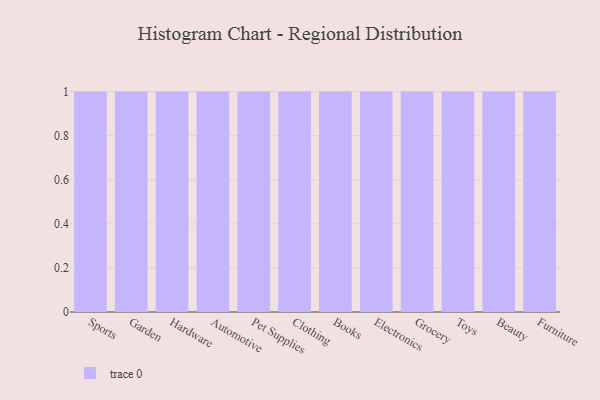
{"axis": {"x": "Category", "y": "Churn Rate (%)"}, "legend": [""], "data": [{"x": "Sports", "y": 83, "type": ""}, {"x": "Garden", "y": 76, "type": ""}, {"x": "Hardware", "y": 63, "type": ""}, {"x": "Automotive", "y": 46, "type": ""}, {"x": "Pet Supplies", "y": 53, "type": ""}, {"x": "Clothing", "y": 7, "type": ""}, {"x": "Books", "y": 80, "type": ""}, {"x": "Electronics", "y": 62, "type": ""}, {"x": "Grocery", "y": 49, "type": ""}, {"x": "Toys", "y": 16, "type": ""}, {"x": "Beauty", "y": 51, "type": ""}, {"x": "Furniture", "y": 2, "type": ""}]}